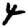
Digit: 4